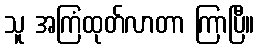
သူ အကြံထုတ်လာတာ ကြာပြီ။